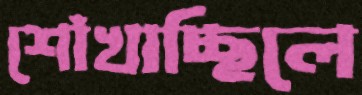
শোঁখাচ্ছিলে